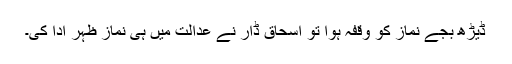
ڈیڑھ بجے نماز کو وقفہ ہوا تو اسحاق ڈار نے عدالت میں ہی نماز ظہر ادا کی۔